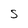
Character: S